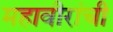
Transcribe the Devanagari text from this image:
महावीरांची